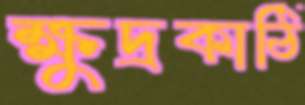
ক্ষুদ্রকাঠি